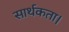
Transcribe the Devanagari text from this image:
सार्थकता।